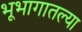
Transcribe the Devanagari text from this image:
भूभागातल्या